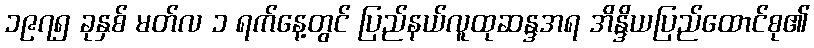
၁၉၇၅ ခုနှစ် မတ်လ ၁ ရက်နေ့တွင် ပြည်နယ်လူထုဆန္ဒအရ အိန္ဒိယပြည်ထောင်စု၏